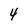
Character: 4